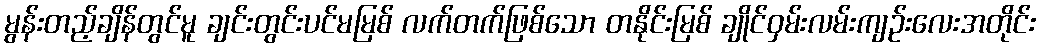
မွန်းတည့်ချိန်တွင်မူ ချင်းတွင်းပင်မမြစ် လက်တက်ဖြစ်သော တနိုင်းမြစ် ချိုင်ဝှမ်းလမ်းကျဉ်းလေးအတိုင်း